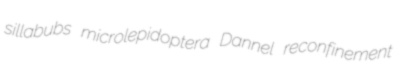
sillabubs microlepidoptera Dannel reconfinement